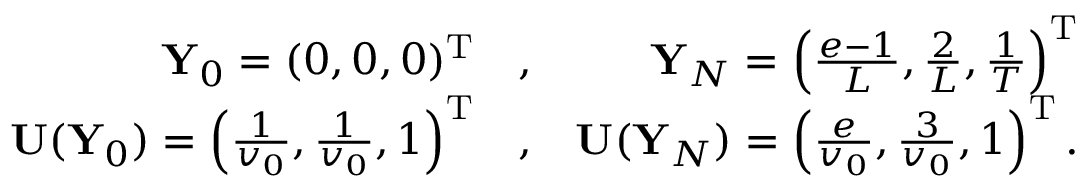
\begin{array} { r l r } { { \mathbf Y } _ { 0 } = ( 0 , 0 , 0 ) ^ { { \mathrm T } } } & { , } & { { \mathbf Y } _ { N } = \left( \frac { e - 1 } { L } , \frac { 2 } { L } , \frac { 1 } { T } \right) ^ { { \mathrm T } } } \\ { { \mathbf U } ( { \mathbf Y } _ { 0 } ) = \left( \frac { 1 } { v _ { 0 } } , \frac { 1 } { v _ { 0 } } , 1 \right) ^ { { \mathrm T } } } & { , } & { { \mathbf U } ( { \mathbf Y } _ { N } ) = \left( \frac { e } { v _ { 0 } } , \frac { 3 } { v _ { 0 } } , 1 \right) ^ { { \mathrm T } } . } \end{array}